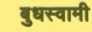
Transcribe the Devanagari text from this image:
बुधस्वामी